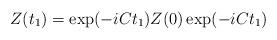
LaTeX: \begin{align*}Z(t_{1})=\exp(-iCt_{1})Z(0)\exp(-iCt_{1})\end{align*}